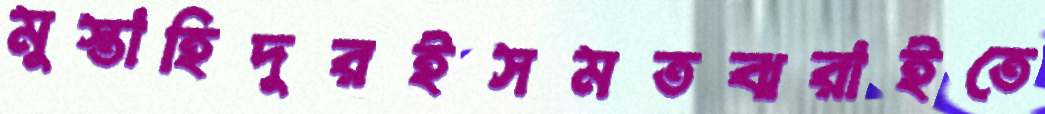
মুস্তাহিদুরইসমতঝরাইতে